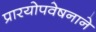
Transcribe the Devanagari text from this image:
प्रारयोपवेषनाने